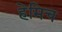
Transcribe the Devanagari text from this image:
हेमिच